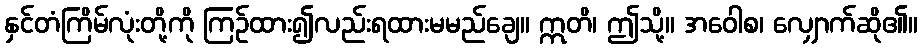
နှင်တံကြိမ်လုံးတို့ကို ကြဉ်ထား၍လည်းရထားမမည်ချေ။ ဣတိ၊ ဤသို့။ အဝေါစ၊ လျှောက်ဆို၏။